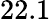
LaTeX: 22.1